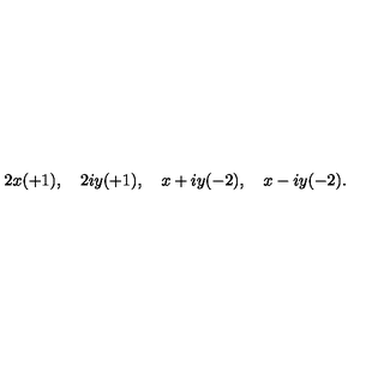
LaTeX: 2 x ( + 1 ) , \quad 2 i y ( + 1 ) , \quad x + i y ( - 2 ) , \quad x - i y ( - 2 ) .